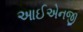
આઈએનજી